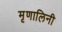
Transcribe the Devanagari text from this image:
मृृणालिनी